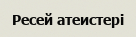
Ресей атеистері